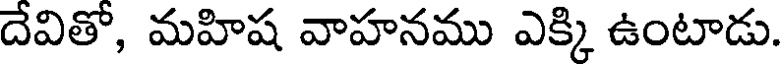
దేవితో, మహిష వాహనము ఎక్కి ఉంటాడు.